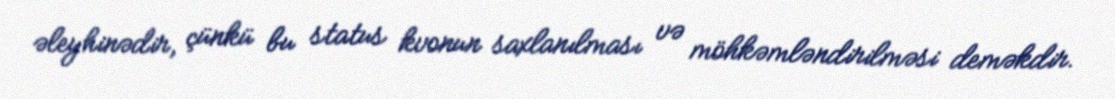
əleyhinədir, çünkü bu status kvonun saxlanılması və möhkəmləndirilməsi deməkdir.